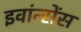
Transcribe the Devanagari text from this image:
इवांन्सेंस